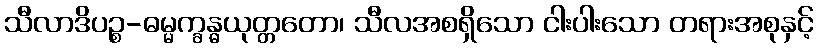
သီလာဒိပဉ္စ-ဓမ္မက္ခန္ဓယုတ္တတော၊ သီလအစရှိသော ငါးပါးသော တရားအစုနှင့်